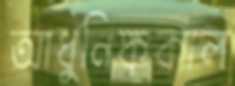
আধুনিককাল